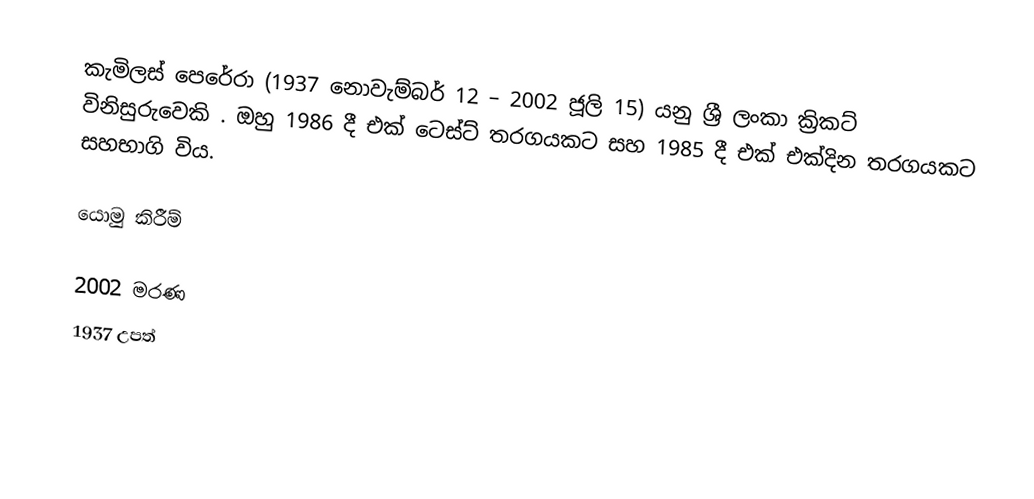
කැමිලස් පෙරේරා (1937 නොවැම්බර් 12 – 2002 ජූලි 15) යනු ශ්‍රී ලංකා ක්‍රිකට් විනිසුරුවෙකි . ඔහු 1986 දී එක් ටෙස්ට් තරගයකට සහ  1985 දී එක් එක්දින තරගයකට සහභාගි විය.

යොමු කිරීම්

2002 මරණ
1937 උපත්